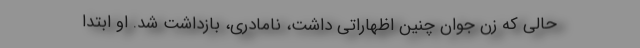
حالی که زن جوان چنین اظهاراتی داشت، نامادری، بازداشت شد. او ابتدا